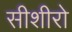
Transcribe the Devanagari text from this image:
सीशीरो